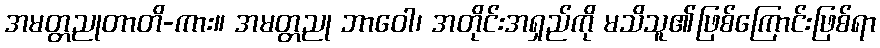
အမတ္တညုတာတိ-ကား။ အမတ္တညု ဘာဝေါ၊ အတိုင်းအရှည်ကို မသိသူ၏ဖြစ်ကြောင်းဖြစ်ရာ